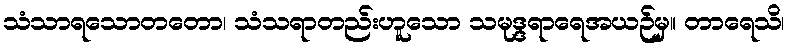
သံသာရသောတတော၊ သံသရာတည်းဟူသော သမုဒ္ဒရာရေအယဉ်မှ။ တာရေသိ၊